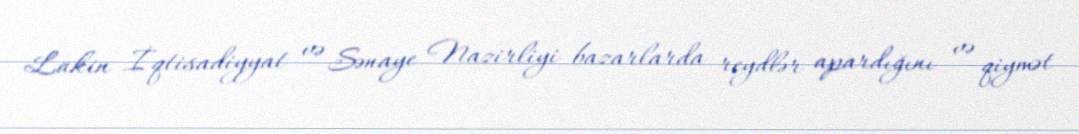
Lakin İqtisadiyyat və Sənaye Nazirliyi bazarlarda reydlər apardığını və qiymət